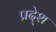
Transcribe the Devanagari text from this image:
प्रदे्श